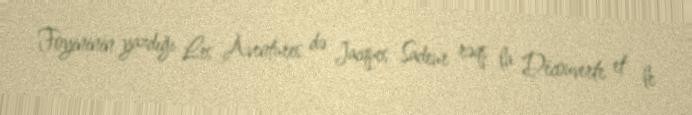
Foyininin yazdığı Les Aventures də Jacques Sadeur rəqs la Découverte et le